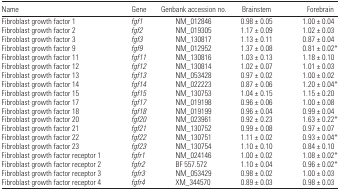
<table><thead><tr><td><b>Name</b></td><td><b>Gene</b></td><td><b>Genbank accession no.</b></td><td><b>Brainstem</b></td><td><b>Forebrain</b></td></tr></thead><tbody><tr><td>Fibroblast growth factor 1</td><td><i>fgf1</i></td><td>NM_012846</td><td>0.98 ± 0.05</td><td>1.00 ± 0.04</td></tr><tr><td>Fibroblast growth factor 2</td><td><i>fgf2</i></td><td>NM_019305</td><td>1.17 ± 0.09</td><td>1.02 ± 0.03</td></tr><tr><td>Fibroblast growth factor 3</td><td><i>fgf3</i></td><td>NM_130817</td><td>1.13 ± 0.11</td><td>0.87 ± 0.04</td></tr><tr><td>Fibroblast growth factor 9</td><td><i>fgf9</i></td><td>NM_012952</td><td>1.37 ± 0.08</td><td>0.81 ± 0.02*</td></tr><tr><td>Fibroblast growth factor 11</td><td><i>fgf11</i></td><td>NM_130816</td><td>1.03 ± 0.13</td><td>1.18 ± 0.10</td></tr><tr><td>Fibroblast growth factor 12</td><td><i>fgf12</i></td><td>NM_130814</td><td>1.02 ± 0.07</td><td>1.01 ± 0.03</td></tr><tr><td>Fibroblast growth factor 13</td><td><i>fgf13</i></td><td>NM_053428</td><td>0.97 ± 0.02</td><td>1.00 ± 0.02</td></tr><tr><td>Fibroblast growth factor 14</td><td><i>fgf14</i></td><td>NM_022223</td><td>0.87 ± 0.06</td><td>1.20 ± 0.04*</td></tr><tr><td>Fibroblast growth factor 15</td><td><i>fgf15</i></td><td>NM_130753</td><td>1.04 ± 0.15</td><td>1.15 ± 0.20</td></tr><tr><td>Fibroblast growth factor 17</td><td><i>fgf17</i></td><td>NM_019198</td><td>0.96 ± 0.06</td><td>1.00 ± 0.08</td></tr><tr><td>Fibroblast growth factor 18</td><td><i>fgf18</i></td><td>NM_019199</td><td>0.96 ± 0.04</td><td>0.99 ± 0.04</td></tr><tr><td>Fibroblast growth factor 20</td><td><i>fgf20</i></td><td>NM_023961</td><td>0.92 ± 0.23</td><td>1.63 ± 0.22*</td></tr><tr><td>Fibroblast growth factor 21</td><td><i>fgf21</i></td><td>NM_130752</td><td>0.99 ± 0.08</td><td>0.97 ± 0.07</td></tr><tr><td>Fibroblast growth factor 22</td><td><i>fgf22</i></td><td>NM_130751</td><td>1.11 ± 0.02</td><td>0.93 ± 0.04*</td></tr><tr><td>Fibroblast growth factor 23</td><td><i>fgf23</i></td><td>NM_130754</td><td>1.10 ± 0.10</td><td>0.84 ± 0.10</td></tr><tr><td>Fibroblast growth factor receptor 1</td><td><i>fgfr1</i></td><td>NM_024146</td><td>1.00 ± 0.02</td><td>1.08 ± 0.02*</td></tr><tr><td>Fibroblast growth factor receptor 2</td><td><i>fgfr2</i></td><td>BF 557.572</td><td>1.10 ± 0.04</td><td>0.96 ± 0.02*</td></tr><tr><td>Fibroblast growth factor receptor 3</td><td><i>fgfr3</i></td><td>NM_053429</td><td>0.98 ± 0.02</td><td>1.00 ± 0.03</td></tr><tr><td>Fibroblast growth factor receptor 4</td><td><i>fgfr4</i></td><td>XM_344570</td><td>0.89 ± 0.03</td><td>0.98 ± 0.03</td></tr></tbody></table>